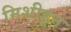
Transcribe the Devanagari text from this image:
मिशीहून